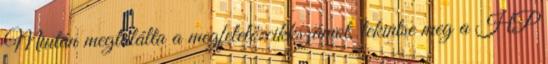
Miután megtalálta a megfelelő cikkszámot, tekintse meg a HP